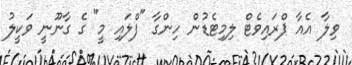
ވިލާ އެއާ ޕްރައިވެޓް ލިމިޓެޑުން ހިންގާ "ފްލައި މީ" ގެ ގާނޫނީ ވަކީލު